Civil Veterinary Dept. Bombay admin report 1914-1922 - 1914-1922
Year: 1914
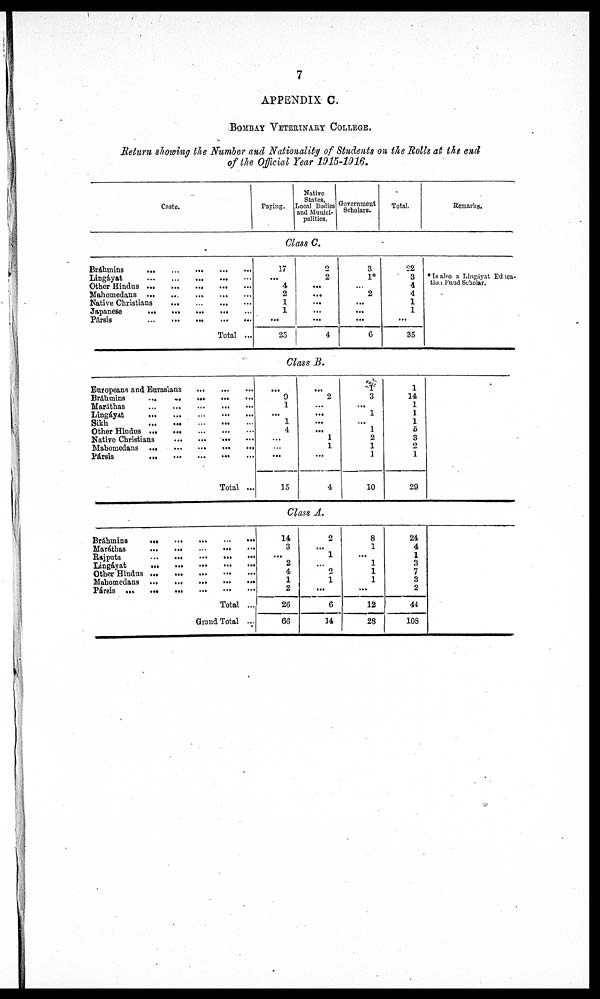
7
APPENDIX C.
BOMBAY VETERINARY COLLEGE.
Return showing the Number and Nationality of Students on the Rolls at ike end
of the Official Year 1915-1916.
Caste.
Bráhmins ... ... ... ... ...
Lingáyat ... ... ... ... ...
Other Hindus ... ... ... ... ...
Mahomedans ... ... ... ... ...
Native Christians ... ... ... ... ...
Japanese ... ... ... ... ...
Pársis ... ... ... ... ...
Total ...
Europeans and Eurasians ... ... ...
Bráhmins ... ... ... ... ...
Maráthas ... ... ... ... ...
Lingáyat ... ... ... ... ...
Sikh ... ... ... ... ...
Other Hindus ... ... ... ... ...
Native Christians ... ... ... ... ...
Mahomedans ... ... ... ... ...
Pársis ... ... ... ... ...
Total ...
Bráhmins ... ... ... ... ...
Maráthas ... ... ... ... ...
Rajputs ... ... ... ... ...
Lingáyat ... ... ... ... ...
Other Hindus ... ... ... ... ...
Mahomedans ... ... ... ... ...
Pársis ... ... ... ... ... ...
Total ...
Grand Total ...
Paying.
Native
States,
Local Bodies
and Munici-
palities.
Class C.
17
...
4
2
1
1
...
25
2
2
...
...
...
...
...
4
Class B.
...
9
1
...
1
4
...
...
...
15
...
2
...
...
...
...
1
1
...
4
Class A.
14
3
...
2
4
1
2
26
66
2
...
1
... 2
1
...
6
14
Government
Scholars.
3
1*
...
2
...
...
...
6
1
3
...
1
...
1
2
1
1
10
8
1
...
1
1
1
...
12
28
Total.
22
3
4
4
1
1
...
35
1
14
1
1
1
5
3
2
1
29
24
4
1
3
7
3
2
44
108
Remarks.
* Is also a Lingáyat Educa¬
tion Fund Scholar.